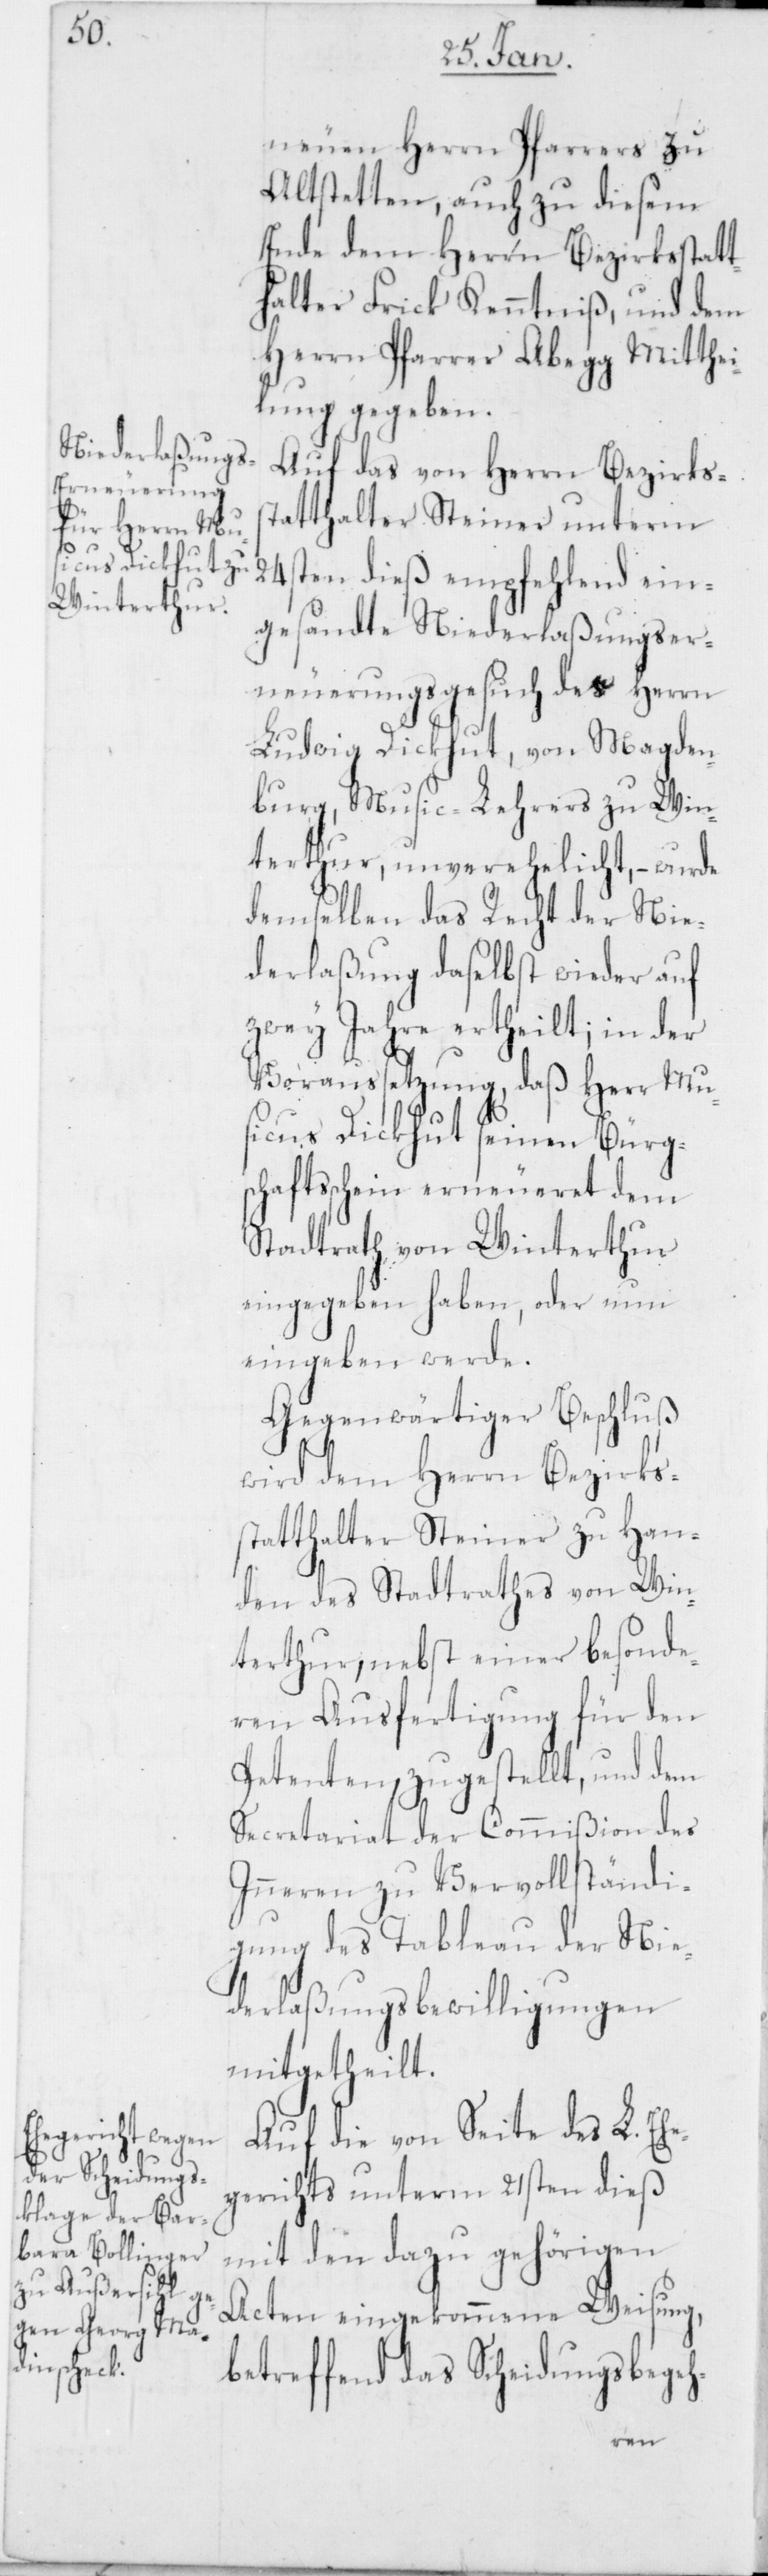
neuen Herrn Pfarrers zu
Altstetten, auch zu diesem
Ende dem Herrn Bezirksstatt¬
halter Frick Kenntniß, und dem
Herrn Pfarrer Abegg Mitthei¬
lung gegeben.
Auf das von Herrn Bezirkss¬
tatthalter Steiner unterm
24sten dieß empfehlend ein¬
gesandte Niederlaßungser¬
neuerungsgesuch des Herrn
Ludwig Dickhut von Magde¬
burg, Music-Lehrers zu Win¬
terthur, unverehelicht, – wurde
demselben das Recht der Nie¬
derlaßung daselbst wieder auf
zwey Jahre ertheilt, in der
Voraussetzung, daß Herr Mu¬
sicus Dickhut seinen Bürg¬
schaftsschein erneueret dem
Stadtrath von Winterthur
eingegeben haben, oder nun
eingeben werde.
Gegenwärtiger Beschluß
wird dem Herrn Bezirks¬
statthalter Steiner zu Han¬
den des Stadtrathes von Win¬
terthur, nebst einer besonde¬
ren Ausfertigung für den
Petenten, zugestellt, und dem
Secretariat der Commißion des
Inneren zu Vervollständi¬
gung des Tableau der Nie¬
derlaßungsbewilligungen
mitgetheilt.
Auf die von Seite des L. Eh¬
egerichts unterm 21sten dieß
mit den dazu gehörigen
Acten eingekommene Weisung,
betreffend das Scheidungsbegeh-